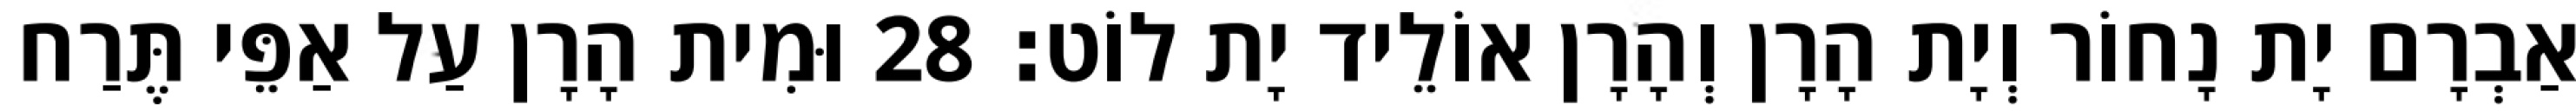
אַבְרָם יָת נָחוֹר וְיָת הָרָן וְהָרָן אוֹלֵיד יָת לוֹט׃ 28 וּמִית הָרָן עַל אַפֵּי תֶּרַח